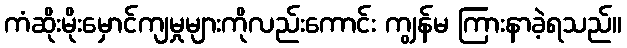
ကံဆိုးမိုးမှောင်ကျမှုများကိုလည်းကောင်း ကျွန်မ ကြားနာခဲ့ရသည်။